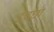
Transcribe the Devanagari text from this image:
इचछा